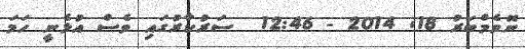
ނޮވެމްބަރު 18